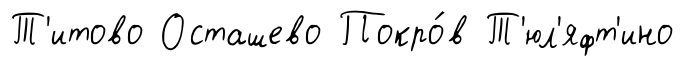
Т'итово Осташево Покро́в Т'юл'яфт'ино